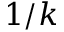
1 / k